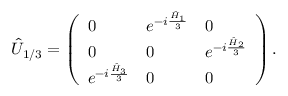
\hat { U } _ { 1 / 3 } = \left( \begin{array} { l l l } { 0 } & { e ^ { - i \frac { \hat { H } _ { 1 } } { 3 } } } & { 0 } \\ { 0 } & { 0 } & { e ^ { - i \frac { \hat { H } _ { 2 } } { 3 } } } \\ { e ^ { - i \frac { \hat { H } _ { 3 } } { 3 } } } & { 0 } & { 0 } \end{array} \right) .